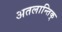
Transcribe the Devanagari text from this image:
अतलान्तिक्